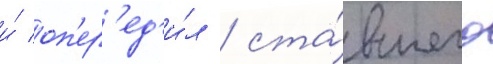
и́ оп'ер'ед'и́л / ста́вшего